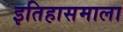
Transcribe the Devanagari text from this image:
इतिहासमाला